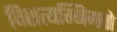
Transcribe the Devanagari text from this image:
विशत्यग्निमतो